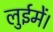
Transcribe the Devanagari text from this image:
लुईमें।